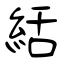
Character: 絬